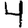
Digit: 4